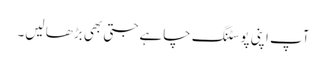
آپ اپنی پوسٹنگ چاہے جتی بھی بڑھا لیں۔